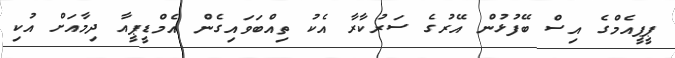
ޕީޕީއެމްގެ އިސް ބޭފުޅުން އޭރުގެ ސަރުކާރާ އެކު ތިއްބަވައިގެން އެމްޑީޕީއާ ދިމާއަށް އުކި